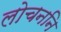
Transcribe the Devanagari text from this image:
लोचननि